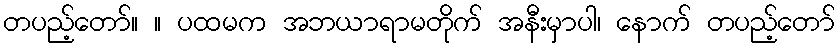
တပည့်တော်။ ။ ပထမက အဘယာရာမတိုက် အနီးမှာပါ၊ နောက် တပည့်တော်